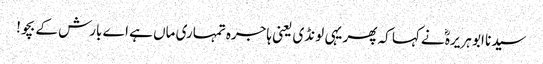
سیدنا ابو ہریرہؓ نے کہا کہ پھر یہی لونڈی یعنی ہاجرہ تمہاری ماں ہے اے بارش کے بچو!